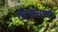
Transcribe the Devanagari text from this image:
रहिवासाचे